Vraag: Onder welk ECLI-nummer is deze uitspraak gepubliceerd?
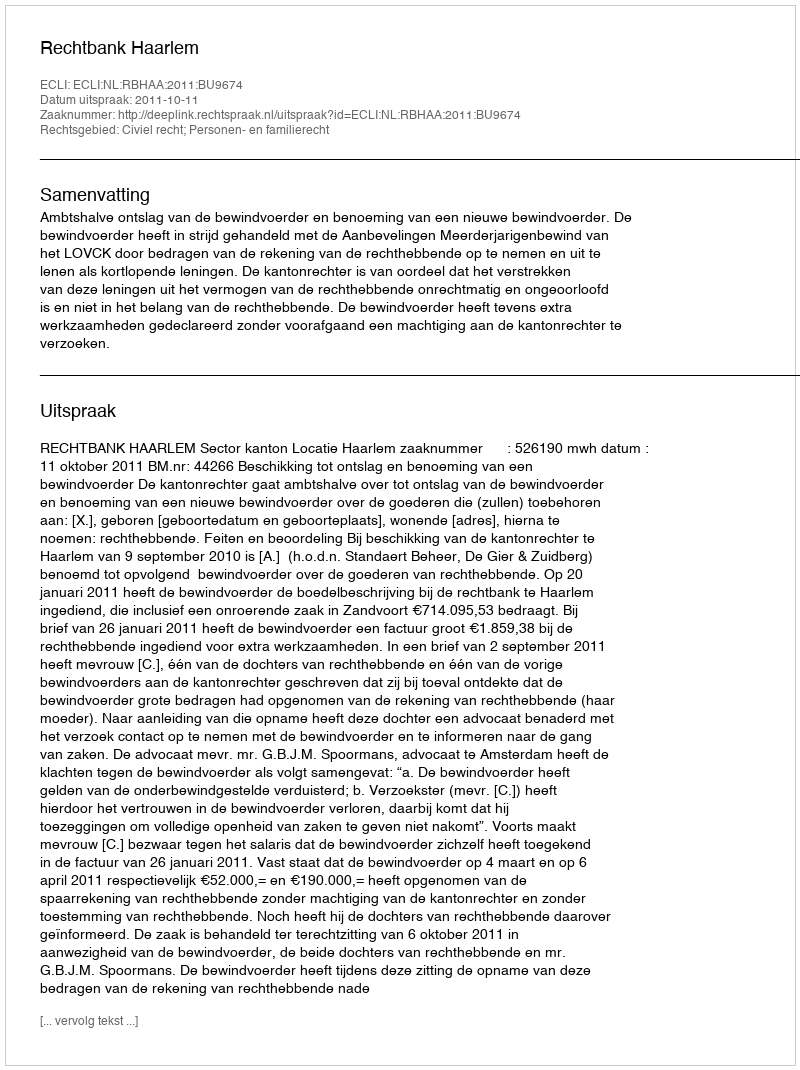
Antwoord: ECLI:NL:RBHAA:2011:BU9674